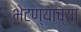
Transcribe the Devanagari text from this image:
भेटण्याच्या